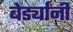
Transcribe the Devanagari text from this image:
बेर्ड्यांनी